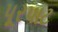
પૂરપાટ